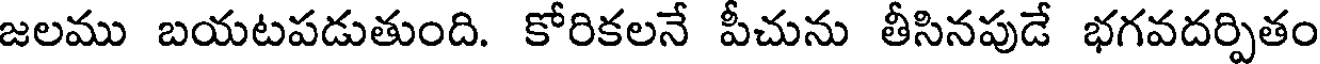
జలము బయటపడుతుంది. కోరికలనే పీచును తీసినపుడే భగవదర్పితం